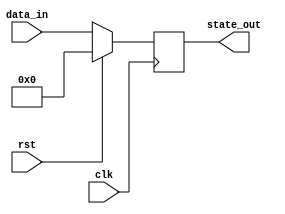
module synchronous_reset (
    input wire clk,       // Clock signal
    input wire rst,       // Active-high reset signal
    input wire [7:0] data_in, // Example data input
    output reg [7:0] state_out // State output
);

    // Define a reset value
    localparam RESET_VALUE = 8'b00000000;

    // Synchronous reset behavior
    always @(posedge clk) begin
        if (rst) begin
            // Reset condition
            state_out <= RESET_VALUE; // Set state to reset value
        end else begin
            // Normal operation (example logic)
            state_out <= data_in; // Update state with data input
        end
    end

endmodule